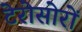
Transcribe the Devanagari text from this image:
टेरोसोरों